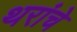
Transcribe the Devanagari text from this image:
थरांचे